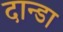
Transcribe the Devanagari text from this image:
दान्डा